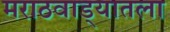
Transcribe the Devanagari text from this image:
मराठवाड्यातला